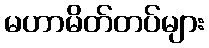
မဟာမိတ်တပ်များ